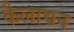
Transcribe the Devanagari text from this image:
कैलाघन